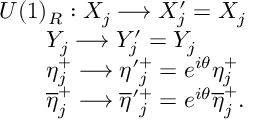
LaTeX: \begin{array} { l c r } { { U ( 1 ) _ { R } : X _ { j } \longrightarrow X _ { j } ^ { \prime } = X _ { j } } } \\ { { \qquad Y _ { j } \longrightarrow Y _ { j } ^ { \prime } = Y _ { j } } } \\ { { \qquad \eta _ { j } ^ { + } \longrightarrow \eta \prime _ { j } ^ { + } = e ^ { i \theta } \eta _ { j } ^ { + } } } \\ { { \qquad \overline { { { \eta } } } _ { j } ^ { + } \longrightarrow \overline { { { \eta } } } \prime _ { j } ^ { + } = e ^ { i \theta } \overline { { { \eta } } } _ { j } ^ { + } . } } \end{array}